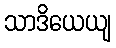
သာဒိယေယျ